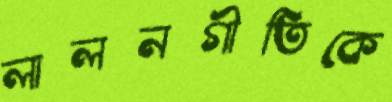
লালনগীতিকে